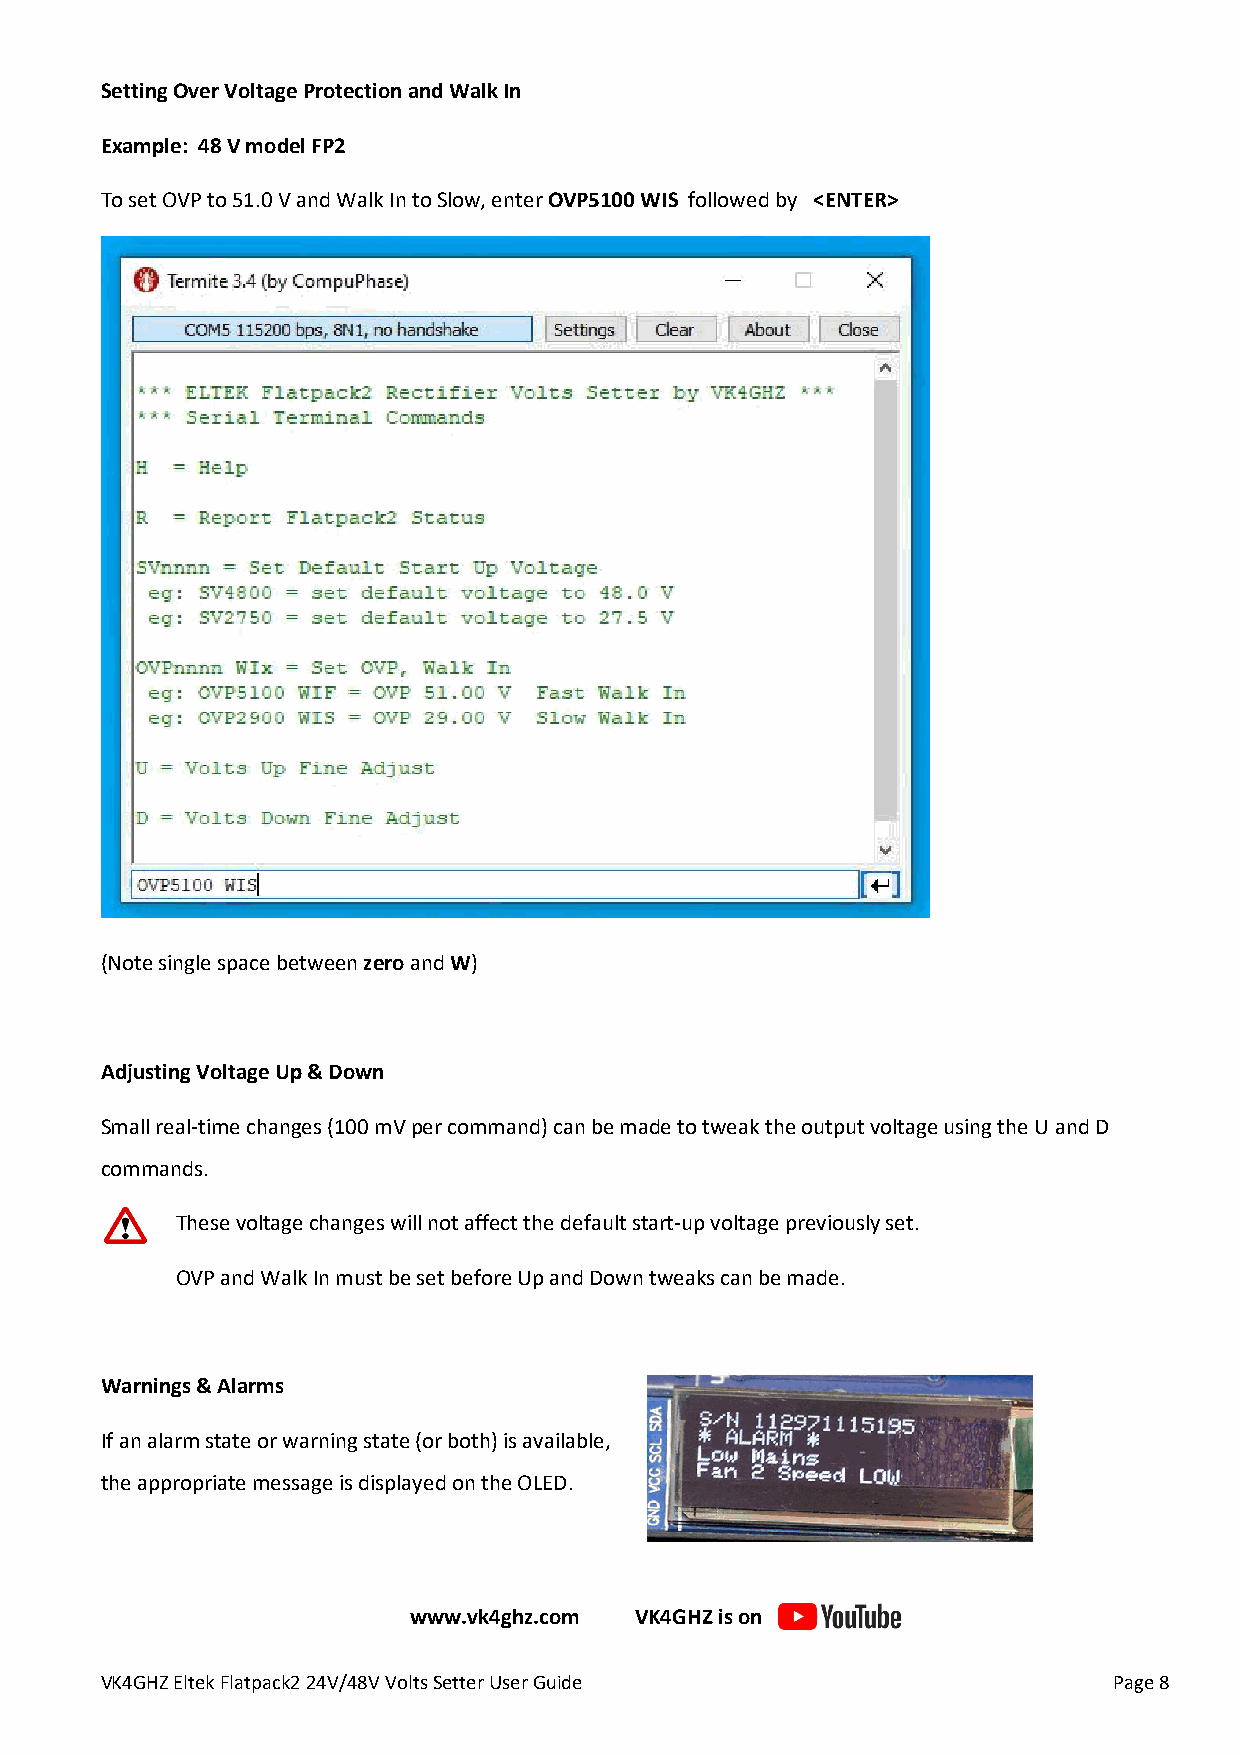
Setting Over Voltage Protection and Walk In
 Example: 48 V model FP2
 To set OVP to 51.0 V and Walk In to Slow, enter OVP5100 WIS followed by <ENTER>
 (Note single space between zero and W)
 Adjusting Voltage Up & Down
 Small real-time changes (100 mV per command) can be made to tweak the output voltage using the U and D
 commands.
 These voltage changes will not affect the default start-up voltage previously set.
 OVP and Walk In must be set before Up and Down tweaks can be made.
 Warnings & Alarms
 If an alarm state or warning state (or both) is available,
 the appropriate message is displayed on the OLED.
 www.vk4ghz.com VK4GHZ is on
 VK4GHZ Eltek Flatpack2 24V/48V Volts Setter User Guide             Page 8